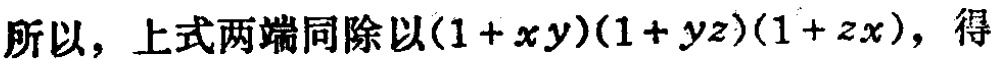
所以，上式两端同除以\((1 + xy)(1 + yz)(1 + zx)\)，得